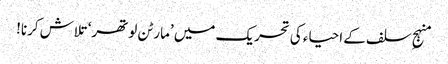
منہجِ سلف کے احیاء کی تحریک میں ’مارٹن لوتھر‘ تلاش کرنا!